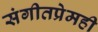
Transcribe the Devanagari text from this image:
संगीतप्रेमही